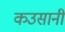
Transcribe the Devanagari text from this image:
कउसानी